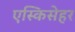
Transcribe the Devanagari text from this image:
एस्किसेहर